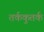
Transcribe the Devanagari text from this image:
तर्ककुतर्क